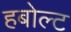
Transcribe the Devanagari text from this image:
हबोल्ट